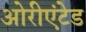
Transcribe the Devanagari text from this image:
ओरीएंटेड